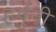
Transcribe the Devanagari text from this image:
हर्षुनी